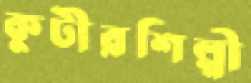
কুটীরশিল্পী